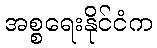
အစ္စရေးနိုင်ငံက